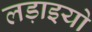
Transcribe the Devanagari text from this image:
लड़ाइयो